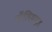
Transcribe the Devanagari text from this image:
पॉलिमाइड